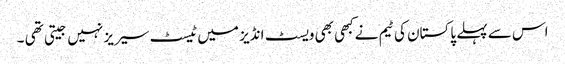
اس سے پہلے پاکستان کی ٹیم نےکبھی بھی ویسٹ انڈیز میں ٹیسٹ سیریز نہیں جیتی تھی ۔